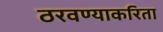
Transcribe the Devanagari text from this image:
ठरवण्याकरिता